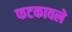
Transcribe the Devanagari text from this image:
फटकावले